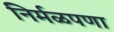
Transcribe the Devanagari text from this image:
निर्मळपणा